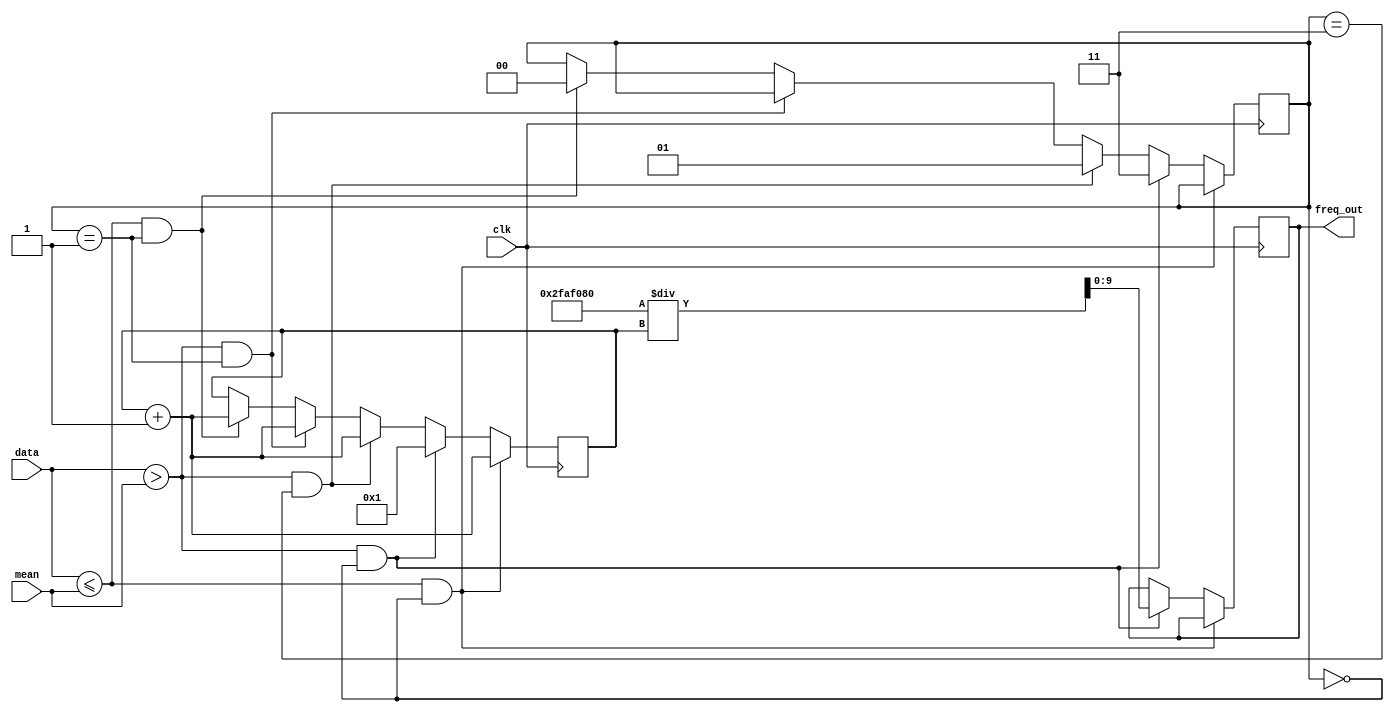
module frequency(clk,data,freq_out,mean);

	input clk;
	input [13:0] mean;
	input [11:0] data;
	output reg [9:0] freq_out;
	reg [1:0] mode;
	
	integer counter;
	
	integer freq_int;
	integer freq_const;
	
	integer counter_clk;
	reg clk_en;
	
	initial begin
		counter <= 'd0;
		counter_clk <= 'd0;
		mode <= 2'b00;
		freq_out <= 10'b0000000000;
		freq_const <= 50000000;  // clk frequency
	end
	/*
	always @(posedge clk) begin
	
		if(counter_clk == 499) begin
			counter_clk <= 'd0;
			clk_en = 1;
		end else begin
			counter_clk <= counter_clk + 1;
			clk_en <= 0;
		end
		
	end*/
	
	always @(posedge clk) begin
				
		if(data <= mean && mode == 2'b00) begin
			counter <= counter + 'd1;
		end else if(data > mean && mode == 2'b00) begin

			freq_out <= freq_const / counter;
			counter <= 'd1;
			mode <= 2'b11;
		end else if(data > mean && mode == 2'b11) begin
			counter <= counter + 'd1; 
			mode <= 2'b01;
		end else if(data > mean && mode == 2'b01) begin
			counter <= counter + 'd1;
		end else if(data <= mean && mode == 2'b01) begin
			counter <= counter + 'd1;
			mode <= 2'b00;
		end
		
	end	
	
endmodule
/*
module frequency_tb();
	reg clk;
	reg [11:0] data;
	wire[9:0] freq_out;

	frequency DUT (clk, data, freq_out);
	
	always begin
		clk=0; #10000; clk=1; #10000;
	end
	
	initial begin
		data = 12b'0;
		#1000000;
		data = 12b'1;
		#1000000;
	end
	
endmodule*/